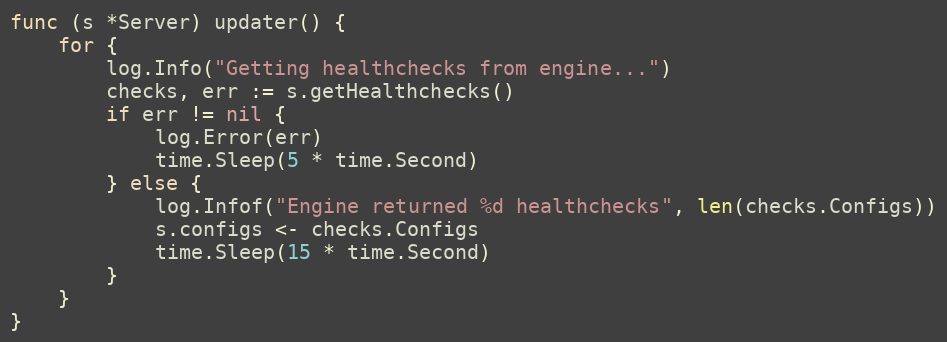
Language: Go
func (s *Server) updater() {
	for {
		log.Info("Getting healthchecks from engine...")
		checks, err := s.getHealthchecks()
		if err != nil {
			log.Error(err)
			time.Sleep(5 * time.Second)
		} else {
			log.Infof("Engine returned %d healthchecks", len(checks.Configs))
			s.configs <- checks.Configs
			time.Sleep(15 * time.Second)
		}
	}
}